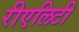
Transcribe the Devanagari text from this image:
रीएलिटी